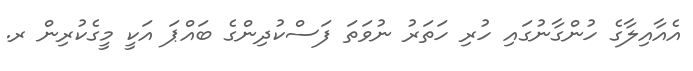
އެއާއިލާގެ ހުންގާނުގައި ހުރި ހަތަރު ނުވަތަ ފަސްކުދިންގެ ބައްޕަ އަކީ މީގެކުރިން ރ.